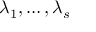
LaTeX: \lambda _ { 1 } , \dots , \lambda _ { s }